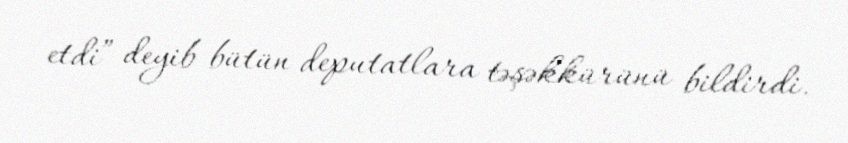
etdi” deyib bütün deputatlara təşəkkürünü bildirdi.